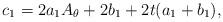
LaTeX: \begin{align*}c_{1}=2a_{1}A_{\theta}+2b_{1}+2t(a_{1}+b_{1}),\end{align*}